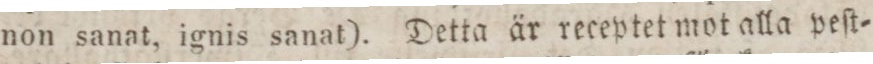
non sanat, ignis sanat). Detta är receptet mot alla peſt=